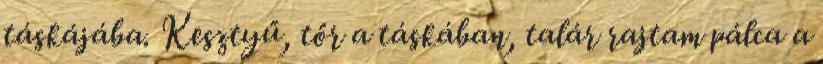
táskájába. Kesztyű, tőr a táskában, talár rajtam pálca a